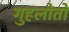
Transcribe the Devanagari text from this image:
गुहलोतों